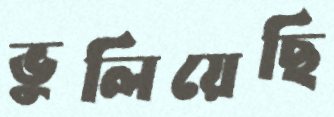
ভুলিয়েছি